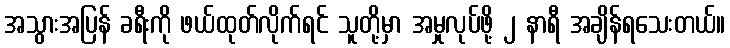
အသွားအပြန် ခရီးကို ဖယ်ထုတ်လိုက်ရင် သူတို့မှာ အမှုလုပ်ဖို့ ၂ နာရီ အချိန်ရသေးတယ်။